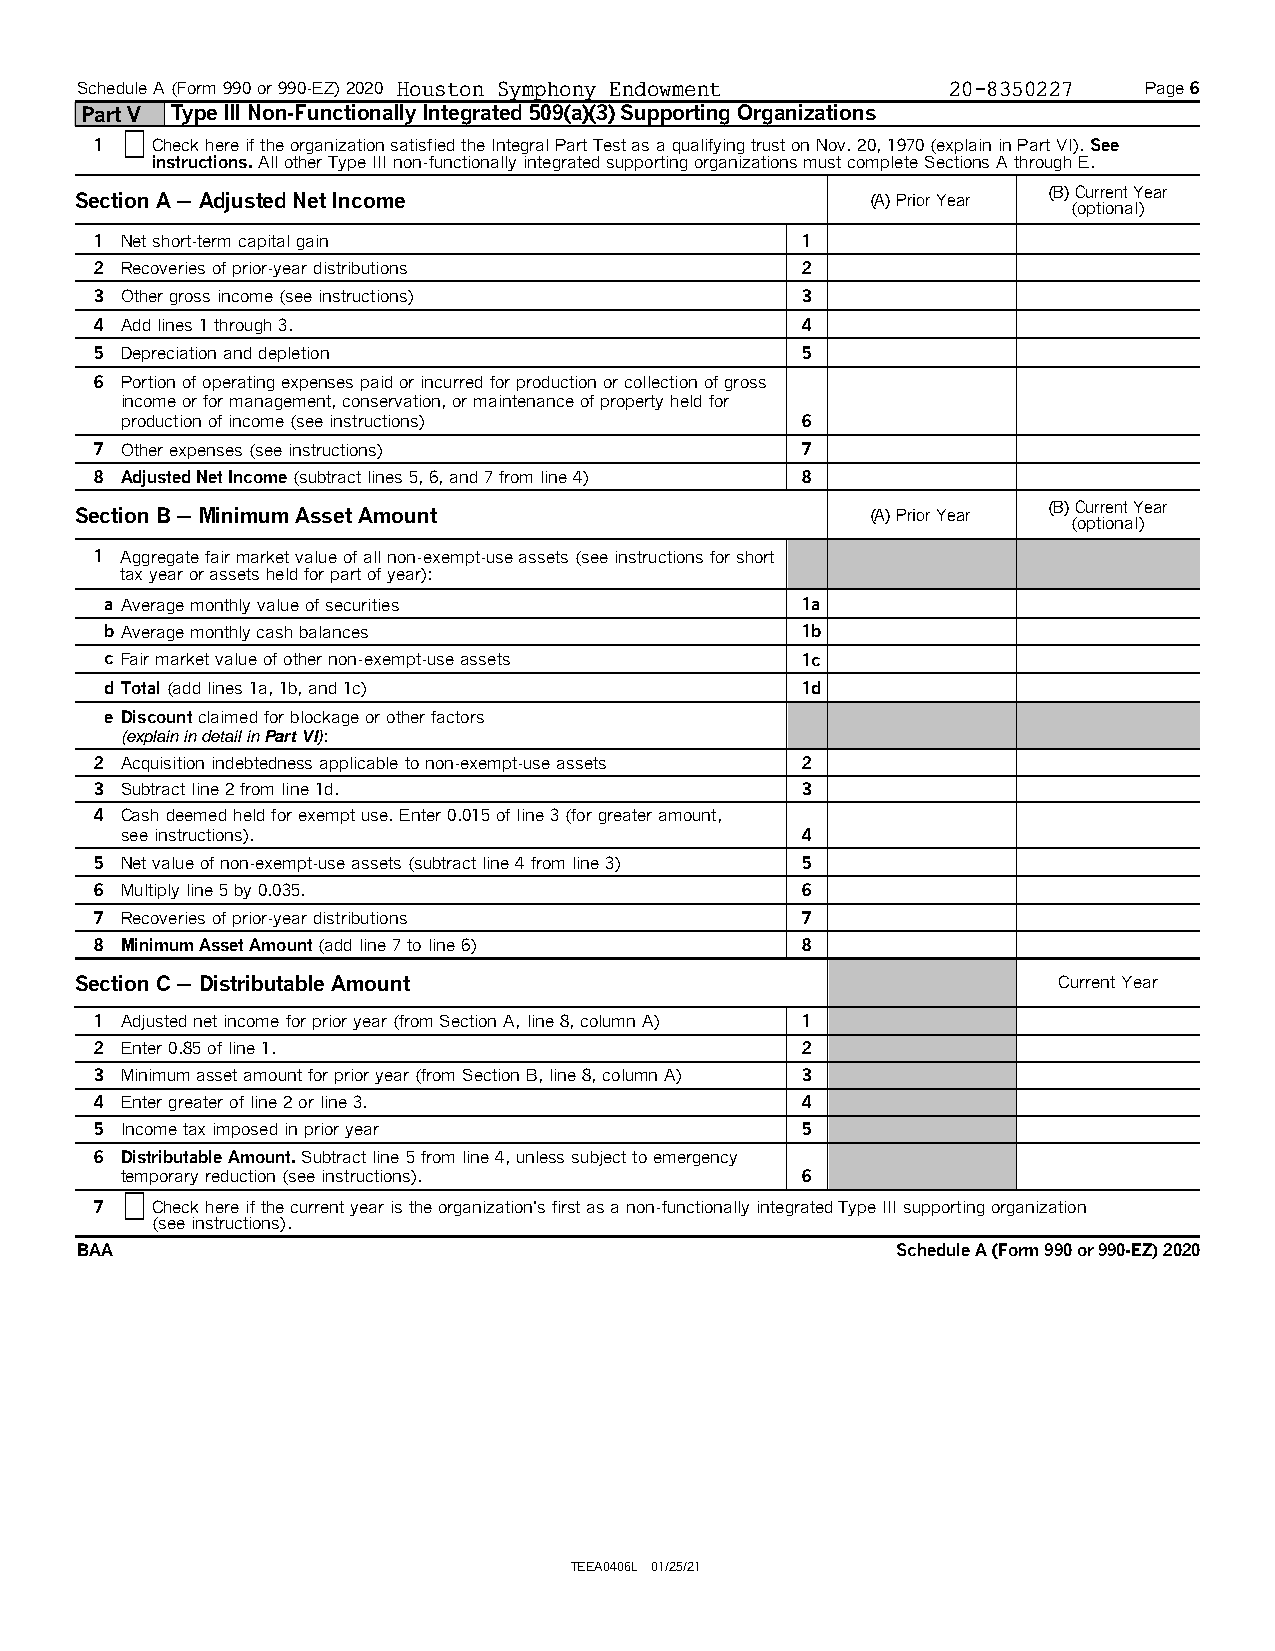
Schedule A (Form 990 or 990-EZ) 2020 Houston Symphony Endowment 20-8350227 Page 6
 Part V Type III Non-Functionally Integrated 509(a)(3) Supporting Organizations
 1   Check here if the organization satisfied the Integral Part Test as a qualifying trust on Nov. 20, 1970 (explain in Part VI). See
 instructions.All other Type III non-functionally integrated supporting organizations must complete Sections A through E.
 (B) Current Year
 Section A 'Adjusted Net Income                       (A) Prior Year
 (optional)
 1 Net short-term capital gain                  1
 2 Recoveries of prior-year distributions       2
 3 Other gross income (see instructions)        3
 4 Add lines 1 through 3.                       4
 5 Depreciation and depletion                   5
 6 Portion of operating expenses paid or incurred for production or collection of gross
 income or for management, conservation, or maintenance of property held for
 production of income (see instructions)      6
 7 Other expenses (see instructions)            7
 8 Adjusted Net Income(subtract lines 5, 6, and 7 from line 4) 8
 (B) Current Year
 Section B 'Minimum Asset Amount                      (A) Prior Year
 (optional)
 1 Aggregate fair market value of all non-exempt-use assets (see instructions for short
 tax year or assets held for part of year):
 a Average monthly value of securities         1a
 b Average monthly cash balances               1b
 c Fair market value of other non-exempt-use assets 1c
 d Total(add lines 1a, 1b, and 1c)             1d
 e Discountclaimed for blockage or other factors
 (explain in detail in Part VI):
 2 Acquisition indebtedness applicable to non-exempt-use assets 2
 3 Subtract line 2 from line 1d.                3
 4 Cash deemed held for exempt use. Enter 0.015 of line 3 (for greater amount,
 see instructions).                           4
 5 Net value of non-exempt-use assets (subtract line 4 from line 3) 5
 6 Multiply line 5 by 0.035.                    6
 7 Recoveries of prior-year distributions       7
 8 Minimum Asset Amount(add line 7 to line 6)   8
 Section C 'Distributable Amount                                  Current Year
 1 Adjusted net income for prior year (from Section A, line 8, column A) 1
 2 Enter 0.85 of line 1.                        2
 3 Minimum asset amount for prior year (from Section B, line 8, column A) 3
 4 Enter greater of line 2 or line 3.           4
 5 Income tax imposed in prior year             5
 6 Distributable Amount.Subtract line 5 from line 4, unless subject to emergency
 temporary reduction (see instructions).      6
 7   Check here if the current year is the organization's first as a non-functionally integrated Type III supporting organization
 (see instructions).
 BAA                                                   Schedule A (Form 990 or 990-EZ) 2020
 TEEA0406L 01/25/21